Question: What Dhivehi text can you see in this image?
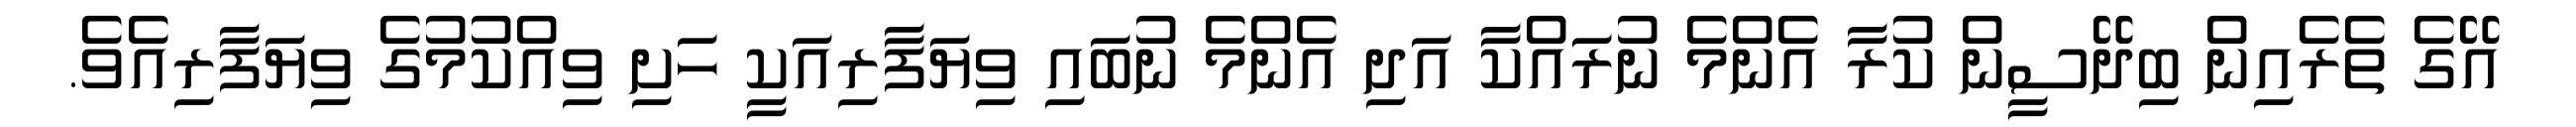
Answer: އޭގެ ތެރެއިން ބިދޭސީން ކުރާ އެންމެ ނުރައްކާ އަދި އެންމެ ނުބައި ވިޔަފާރިއަކީ ހަށި ވިއްކުމުގެ ވިޔަފާރިއެވެ.